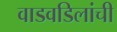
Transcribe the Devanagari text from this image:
वाडवडिलांची